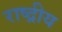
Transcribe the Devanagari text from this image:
राष्द्रीय